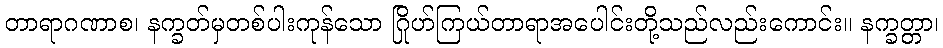
တာရာဂဏာစ၊ နက္ခတ်မှတစ်ပါးကုန်သော ဂြိုဟ်ကြယ်တာရာအပေါင်းတို့သည်လည်းကောင်း။ နက္ခတ္တာ၊